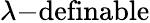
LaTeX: \lambda{\mathrm{-definable}}